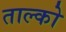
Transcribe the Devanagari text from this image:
ताल्को